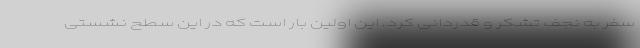
سفر به نجف تشکر و قدردانی کرد. این اولین بار است که در این سطح نشستی